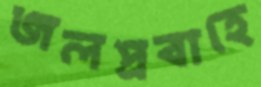
জলপ্রবাহে